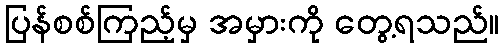
ပြန်စစ်ကြည့်မှ အမှားကို တွေ့ရသည်။